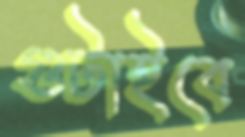
গুটাইবে